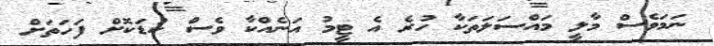
ނަމަވެސް މާލީ މައްސަލަތަކާ ހުރެ އެ ޓީމު އަނެއްކާ ވެސް ކުޑަކޮށް ފަހަތަށް